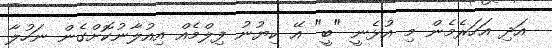
އަދި އަހަރެމެން މި އުޅެނީ "ބީ" އޭ ކިޔުނު ފިލްމެއް އިއުލާނުކޮށްގެން ނަހުލާ